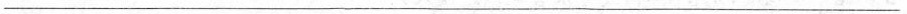
___